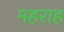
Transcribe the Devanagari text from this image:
महराह